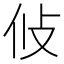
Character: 𭣢